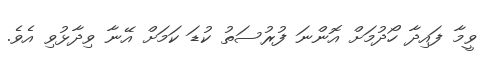
ވީމާ ފައިދާ ހޯދުމަށް އޮންނަ ފުރުސަތު ކުޑަ ކަމަށް އޭނާ ވިދާޅުވި އެވެ.